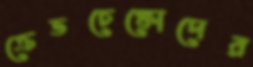
ক্রেভচেঙ্কোদের